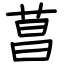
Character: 菖